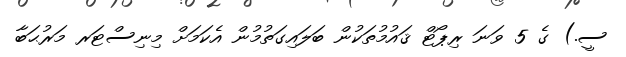
ސީ.) ގެ 5 ވަނަ ރިޕޯޓް ޤައުމުތަކުން ބަލައިގަތުމުން އެކަމަށް މިނިސްޓަރ މަރުޙަބާ